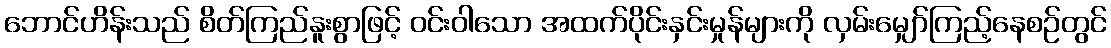
ဘောင်ဟိန်းသည် စိတ်ကြည်နူးစွာဖြင့် ဝင်းဝါသော အထက်ပိုင်းနှင်းမှုန်များကို လှမ်းမျှော်ကြည့်နေစဉ်တွင်